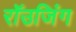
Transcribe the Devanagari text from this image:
रॉउजिंग